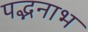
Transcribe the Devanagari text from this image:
पद्भनाभ